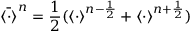
\bar { \left< \cdot \right> } ^ { n } = \frac { 1 } { 2 } ( \left< \cdot \right> ^ { n - \frac { 1 } { 2 } } + \left< \cdot \right> ^ { n + \frac { 1 } { 2 } } )